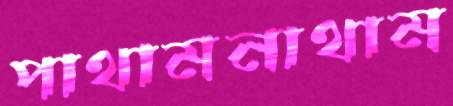
পাথামনাথাম